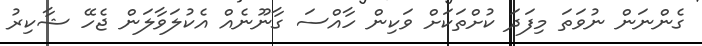
ގެންނަން ނުވަތަ މިފަދަ ކުށްތަކަށް ވަކިން ހާއްސަ ގާނޫނެއް އެކުލަވާލަން ޖެހޭ ޝާކިރު